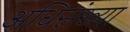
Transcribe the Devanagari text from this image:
अधिसंख्या